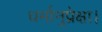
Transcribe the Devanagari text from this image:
धर्मानुप्रेक्षा।